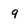
Character: 9